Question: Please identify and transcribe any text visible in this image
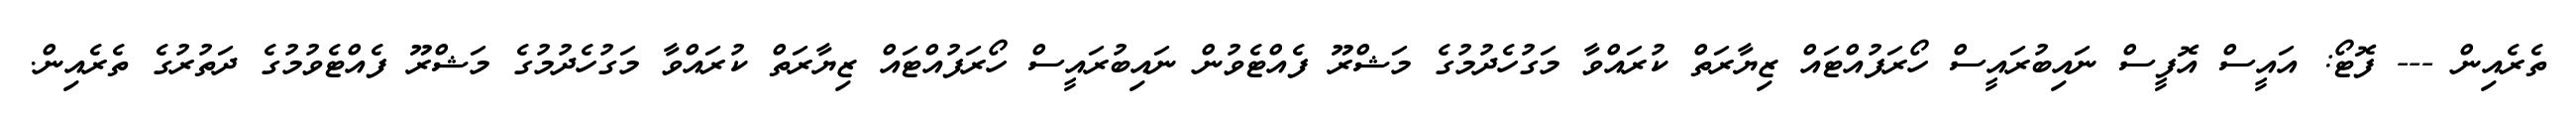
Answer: ތެރެއިން --- ފޮޓޯ: އައީސް އޮފީސް ނައިބުރައީސް ހޯރަފުއްޓައް ޒިޔާރަތް ކުރައްވާ މަގުހެދުމުގެ މަޝްރޫ ފެއްޓެވުން ނައިބުރައީސް ހޯރަފުއްޓައް ޒިޔާރަތް ކުރައްވާ މަގުހެދުމުގެ މަޝްރޫ ފެއްޓެވުމުގެ ދަތުރުގެ ތެރެއިން.